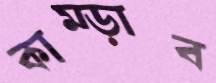
কাম্‌ড়াব